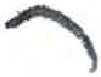
אות: ר